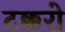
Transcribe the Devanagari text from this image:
टक्करो